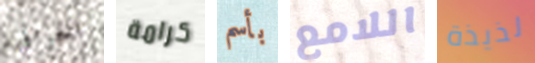
الخرافية كرامة بأسم اللامع لذيذة